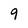
Character: 9